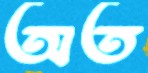
অত